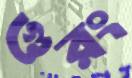
গুরং